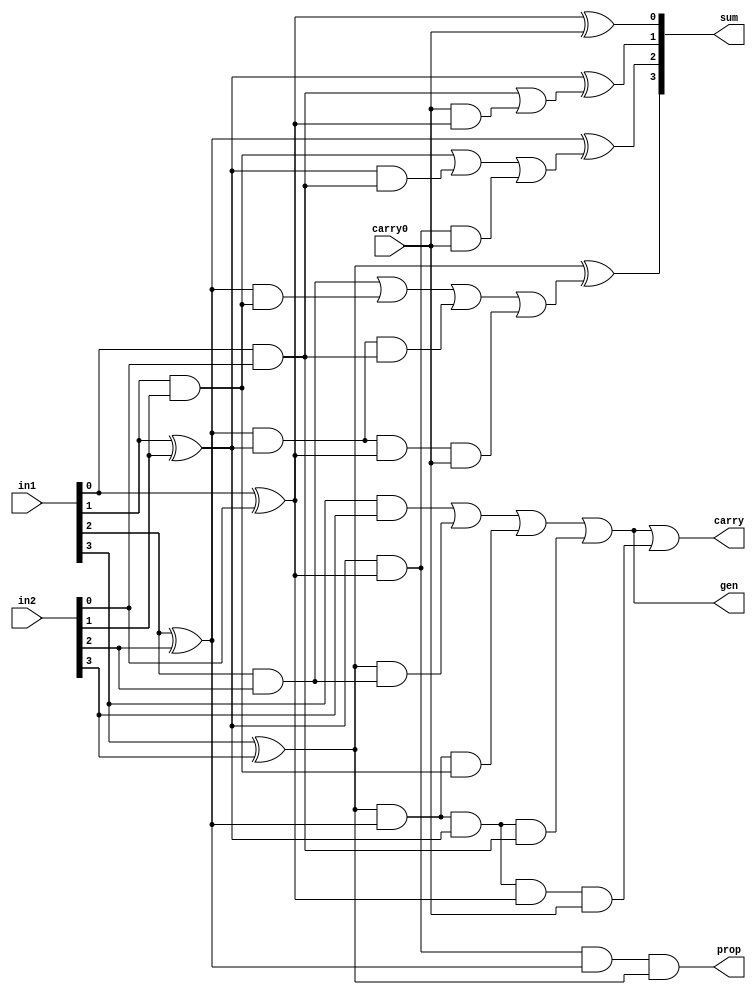
module Augmented_Carry_Lookahead_Adder(sum, carry, prop, gen, in1, in2, carry0);

output[3:0] sum;
output carry, prop, gen;
input[3:0] in1, in2;
input carry0;

wire[3:0] P, G;
wire[4:0] C;

// Calculating propogation values
assign P[0] = in1[0] ^ in2[0];
assign P[1] = in1[1] ^ in2[1];
assign P[2] = in1[2] ^ in2[2];
assign P[3] = in1[3] ^ in2[3];

// Calculating Generation values
assign G[0] = in1[0] & in2[0];
assign G[1] = in1[1] & in2[1];
assign G[2] = in1[2] & in2[2];
assign G[3] = in1[3] & in2[3];

// Calculating lookahead carry values
assign C[0] = carry0;
assign C[1] = G[0] | (C[0] & P[0]);
assign C[2] = G[1] | (P[1] & G[0]) | (P[1] & P[0] & C[0]);
assign C[3] = G[2] | (P[2] & G[1]) | (P[2] & P[1] & G[0]) | (P[2] & P[1] & P[0] & C[0]);
assign C[4] = G[3] | (P[3] & G[2]) | (P[3] & P[2] & G[1]) | (P[3] & P[2] & P[1] & G[0]) | (P[3] & P[2] & P[1] & P[0] & C[0]);

// Calculating sum values
assign sum[0] = P[0] ^ C[0];
assign sum[1] = P[1] ^ C[1];
assign sum[2] = P[2] ^ C[2];
assign sum[3] = P[3] ^ C[3];

// Calculating carry values
assign carry = C[4];
// Calculating net propogation value
assign prop = P[0] & P[1] & P[2] & P[3];
// Calculating net generation value
assign gen = G[3] | (P[3] & G[2]) | (P[3] & P[2] & G[1]) | (P[3] & P[2] & P[1] & G[0]);

endmodule